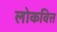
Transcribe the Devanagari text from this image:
लोकवित्त